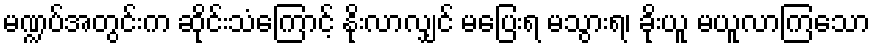
မဏ္ဍပ်အတွင်းက ဆိုင်းသံကြောင့် နိုးလာလျှင် မပြေးရ မသွားရ၊ ခိုးယူ မယူလာကြသော